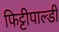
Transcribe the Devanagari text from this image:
फिट्टीपाल्डी